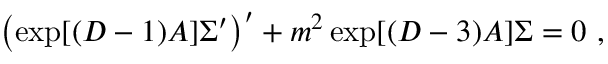
\left( \exp [ ( D - 1 ) A ] \Sigma ^ { \prime } \right) ^ { \prime } + m ^ { 2 } \exp [ ( D - 3 ) A ] \Sigma = 0 ~ ,